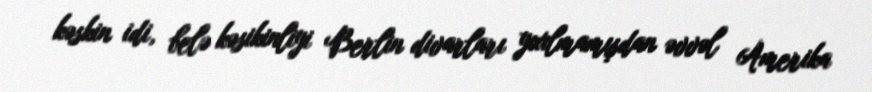
kəskin idi, belə kəsikinliyi Berlin divarları yıxılmamışdan əvvəl Amerika